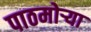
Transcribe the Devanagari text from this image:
पाठमोऱ्या